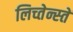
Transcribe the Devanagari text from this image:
लिच्तेन्स्तें